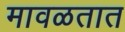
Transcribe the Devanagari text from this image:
मावळतात